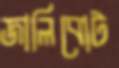
জালিবোট